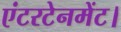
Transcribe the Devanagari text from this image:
एंटरटेनमेंट।